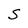
Character: S